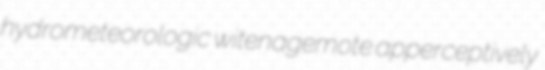
hydrometeorologic witenagemote apperceptively